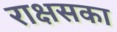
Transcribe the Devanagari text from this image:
राक्षसका